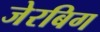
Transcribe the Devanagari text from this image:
जेरबिग